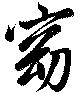
窈